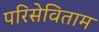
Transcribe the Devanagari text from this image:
परिसेविताम